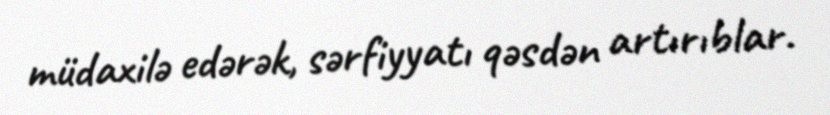
müdaxilə edərək, sərfiyyatı qəsdən artırıblar.